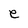
Character: e